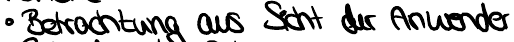
Betrachtung aus Sicht der Anwender